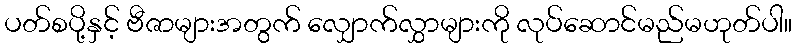
ပတ်စပို့နှင့် ဗီဇာများအတွက် လျှောက်လွှာများကို လုပ်ဆောင်မည်မဟုတ်ပါ။